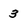
Character: 3